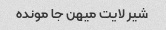
شیر لایت میهن جا مونده